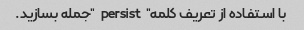
با استفاده از تعریف کلمه "persist" جمله بسازید.